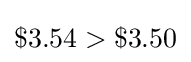
\$3.54>\$3.50